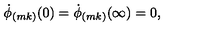
\dot { \phi } _ { ( m k ) } ( 0 ) = \dot { \phi } _ { ( m k ) } ( \infty ) = 0 ,